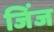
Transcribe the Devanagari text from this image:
जिंज